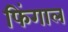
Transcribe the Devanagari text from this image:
फिंगाल